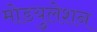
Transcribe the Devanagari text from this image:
मोडयुलेशन